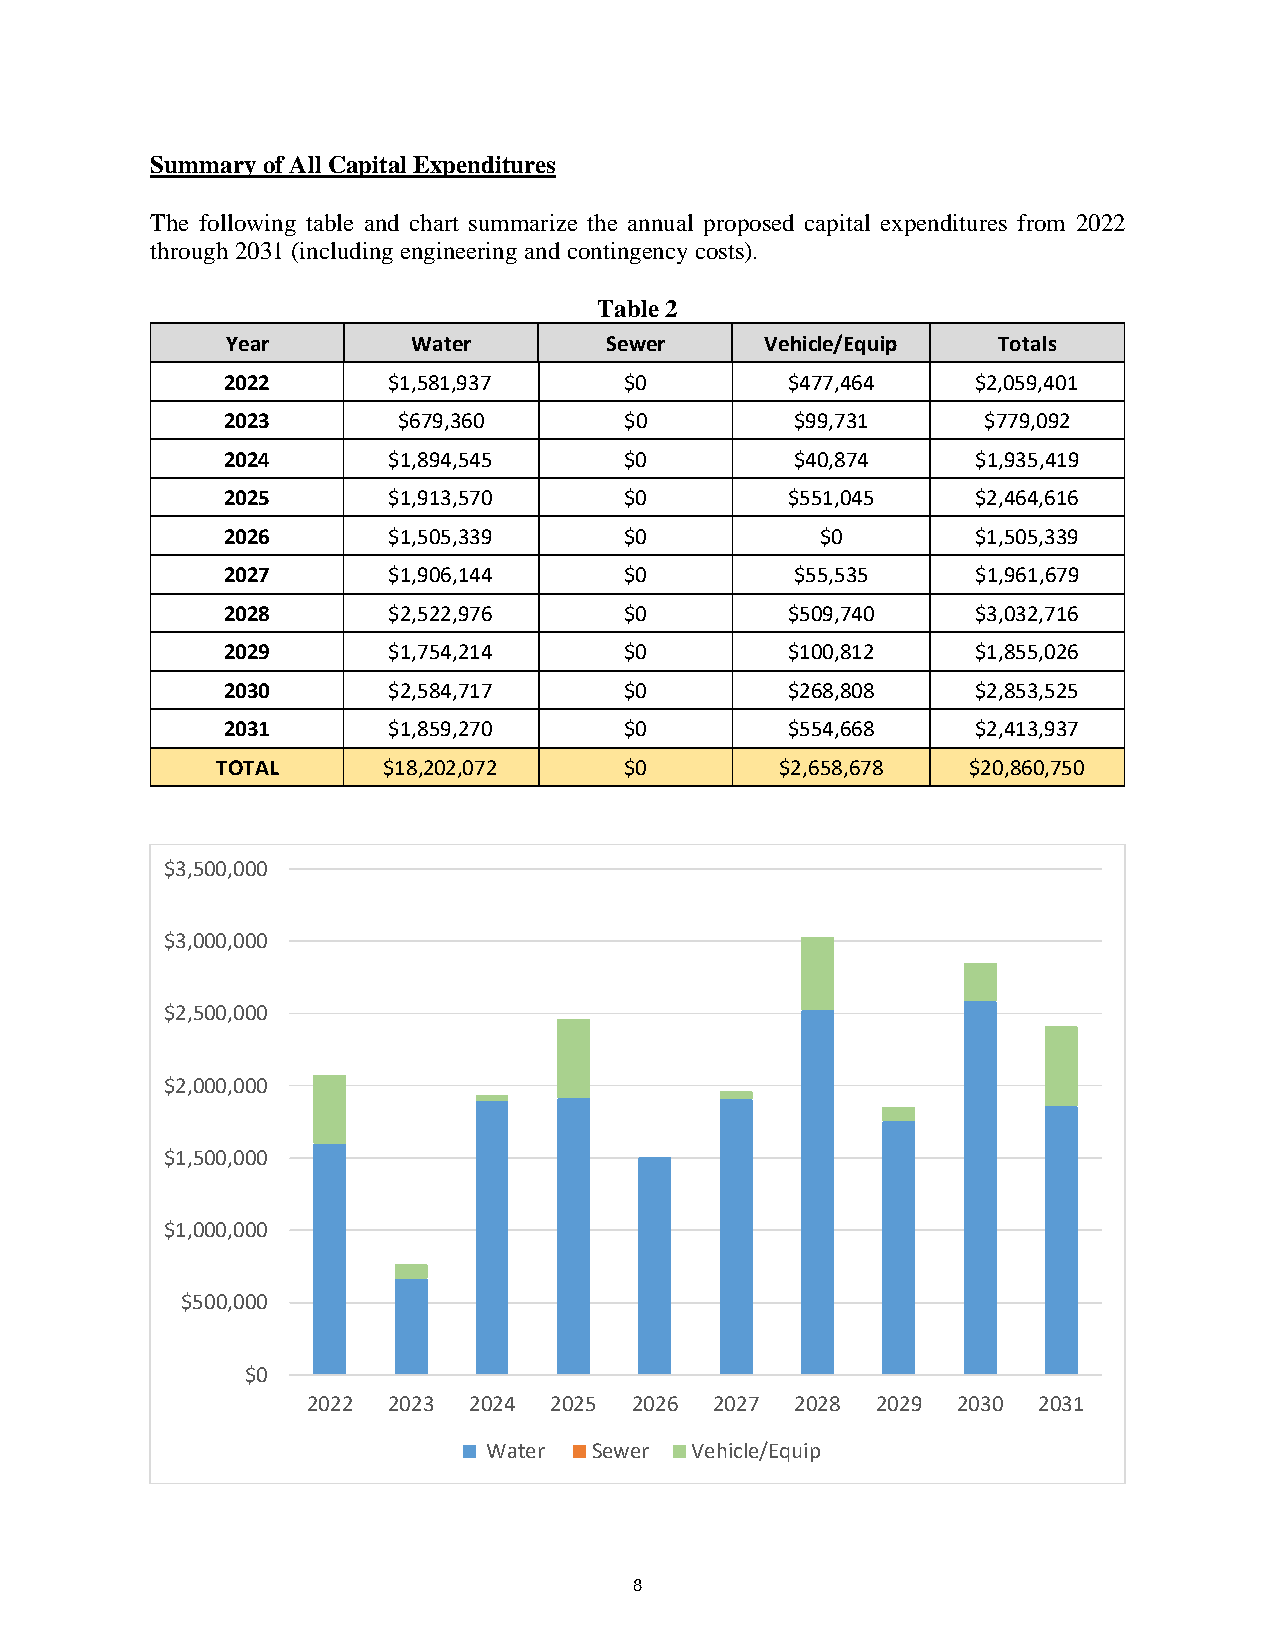
Summary of All Capital Expenditures
 The following table and chart summarize the annual proposed capital expenditures from 2022
 through 2031 (including engineering and contingency costs).
 Table 2
 Year        Water        Sewer      Vehicle/Equip  Totals
 2022       $1,581,937     $0         $477,464     $2,059,401
 2023       $679,360       $0          $99,731     $779,092
 2024       $1,894,545     $0          $40,874     $1,935,419
 2025       $1,913,570     $0         $551,045     $2,464,616
 2026       $1,505,339     $0           $0         $1,505,339
 2027       $1,906,144     $0          $55,535     $1,961,679
 2028       $2,522,976     $0         $509,740     $3,032,716
 2029       $1,754,214     $0         $100,812     $1,855,026
 2030       $2,584,717     $0         $268,808     $2,853,525
 2031       $1,859,270     $0         $554,668     $2,413,937
 TOTAL      $18,202,072     $0         $2,658,678  $20,860,750
 $3,500,000
 $3,000,000
 $2,500,000
 $2,000,000
 $1,500,000
 $1,000,000
 $500,000
 $0
 2022  2023 2024 2025  2026 2027  2028 2029 2030  2031
 Water  Sewer  Vehicle/Equip
 8